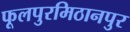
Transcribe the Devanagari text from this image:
फूलपुरमिठानपुर